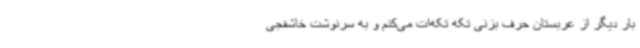
بار دیگر از عربستان حرف بزنی تکه تکه‌ات می‌کنم و به سرنوشت خاشقجی